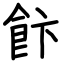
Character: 飰